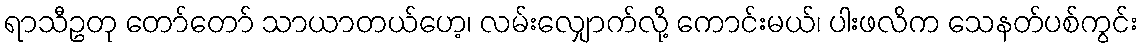
ရာသီဥတု တော်တော် သာယာတယ်ဟေ့၊ လမ်းလျှောက်လို့ ကောင်းမယ်၊ ပါးဖလိက သေနတ်ပစ်ကွင်း